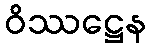
ဝိဿဋ္ဌေန